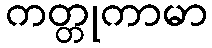
ကတ္တုကာမာ